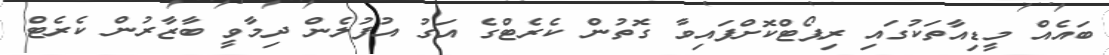
ބައެއް މީޑިއާތަކުގައި ރިޕޯޓްކޮށްފައިވާ ގޮތުން ކެރެޓްގެ އަގު އުފުލެން ދިމާވީ ބާޒާރުން ކެރެޓް